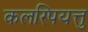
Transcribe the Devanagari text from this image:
कलरिपयत्तु